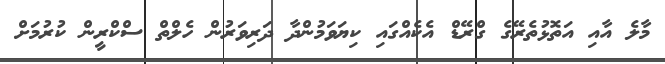
މާލެ އާއި އަތޮޅުތެރޭގެ ގްރޭޑް އެކެއްގައި ކިޔަވަމުންދާ ދަރިވަރުން ހެލްތް ސްކްރީން ކުރުމަށް